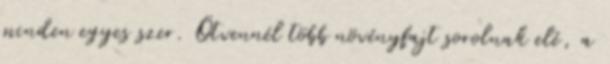
minden egyes szer. Ötvennél több növényfajt sorolnak elé, a